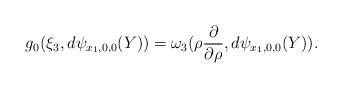
LaTeX: \begin{align*}g_0(\xi_3,d\psi_{x_1,0,0}(Y)) = \omega_3(\rho\frac{\partial}{\partial\rho},d\psi_{x_1,0,0}(Y)).\end{align*}